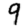
Digit: 9